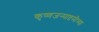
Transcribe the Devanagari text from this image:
कृष्णजन्माष्टमीच्या